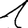
Digit: 1